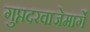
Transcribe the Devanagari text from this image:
गुप्तदरवाजेमार्गे